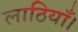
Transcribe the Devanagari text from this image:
लाठियाँ।